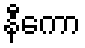
နီကော